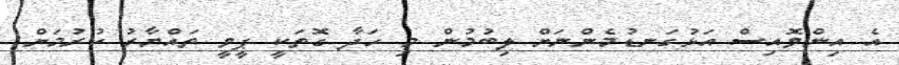
އެ އިންވޮއިސް އަޅުގަނޑުމެންނަށް ލިބުމުން މި ހަދާ ގޮތަކީ ޕީވީ ތައްޔާރު ކުރުމަށް